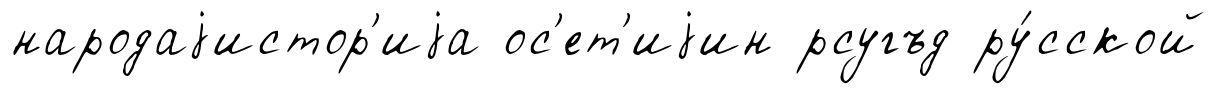
народаjистор'иjа ос'ет'иjин рсугъд ру́сской